Vaccination in Bombay 1889-1901 - 1889-1901
Year: 1889
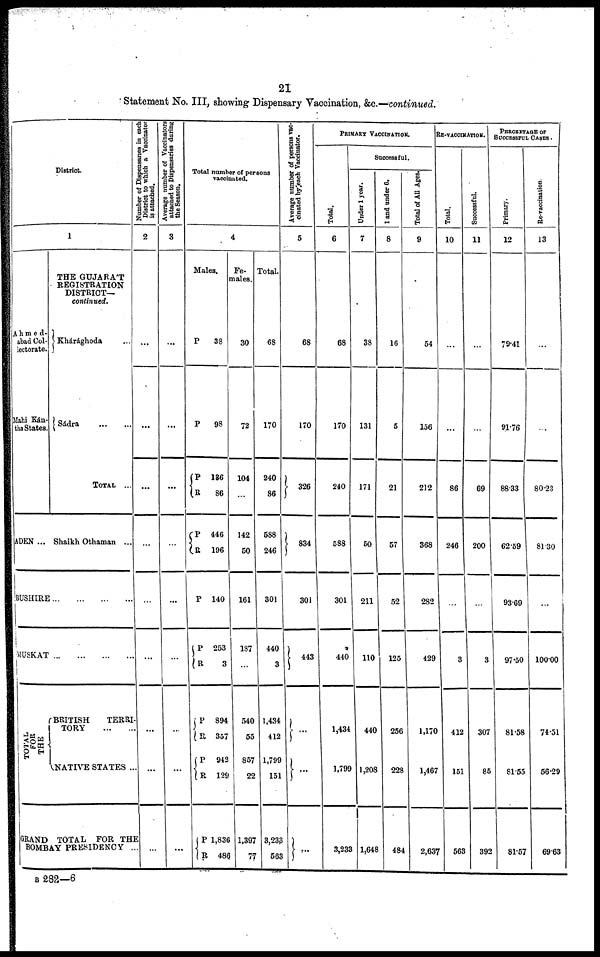
21
Statement No. III, showing Dispensary Vaccination, &c.—continued.
District
1
Ahmed¬
abad Col¬
lectorate.
Mahi Kán¬
tha States.
ADEN ...
THE GUJARÁT
REGISTRATION
DISTRICT—
continued.
Khárághoda ...
Sádra
...
...
TOTAL ...
Shaikh Othaman ...
BUSHIRE ... ... ... ...
MUSKAT ... ... ... ...
TOTAL
FOR
THE BRITISH
TERRI-
TORY
...
...
NATIVE STATES ...
GRAND TOTAL FOR THE
BOMBAY PRESIDENCY ...
Number of Dispensaries in each
District to which a Vaccinator
is attached.
2
...
...
...
...
...
...
...
...
...
Average number of Vaccinators
attached to Dispensaries during
the Season.
3
...
...
...
...
...
...
...
...
...
Total number of persons
vaccinated.
4
Males.
P
P
P
R
P
R
P
P
R
P
R
P
R
P
R
38
98
136
86
446
196
140
253
3
894
357
942
129
1,836
486
Fe-
males.
30
72
104
...
142
50
161
187
...
540
55
857
22
1,397
77
Total.
68
170
240
86
588
246
301
440
3
1,434
412
1,799
151
3,233
563
Average number of persons vac-
cinated by each Vaccinator.
5
68
170
326
834
301
443
...
...
...
PRIMARY VACCINATION.
Total.
6
68
170
240
588
301
440
1,434
1,799
3,233
Successful.
Under 1 year.
7
38
131
171
50
211
110
440
1,208
1,648
1 and under 6.
8
16
5
21
57
52
125
256
228
484
Total of All Ages.
9
54
156
212
368
282
429
1,170
1,467
2,637
RE-VACCINATION.
Total.
10
...
...
86
246
...
3
412
151
563
Successful.
11
...
...
69
200
...
3
307
85
392
PERCENTAGE OF
SUCCESSFUL CASES.
Primary.
12
79.41
91.76
88.33
62.59
93.69
97.50
81.58
81.55
81.57
Re-vaccination.
13
...
...
80.23
81.30
...
100.00
74.51
56.29
69.63
B 282—6